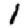
Digit: 1